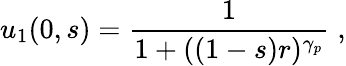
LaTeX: u_{1}(0,s)=\frac{1}{1+((1-s)r)^{\gamma_{p}}}\; ,